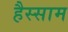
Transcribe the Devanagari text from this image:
हैस्साम